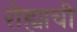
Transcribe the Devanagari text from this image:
रोह्याची